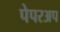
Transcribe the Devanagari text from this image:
पेपरअप